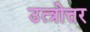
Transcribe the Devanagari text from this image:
उत्त्रोत्तर